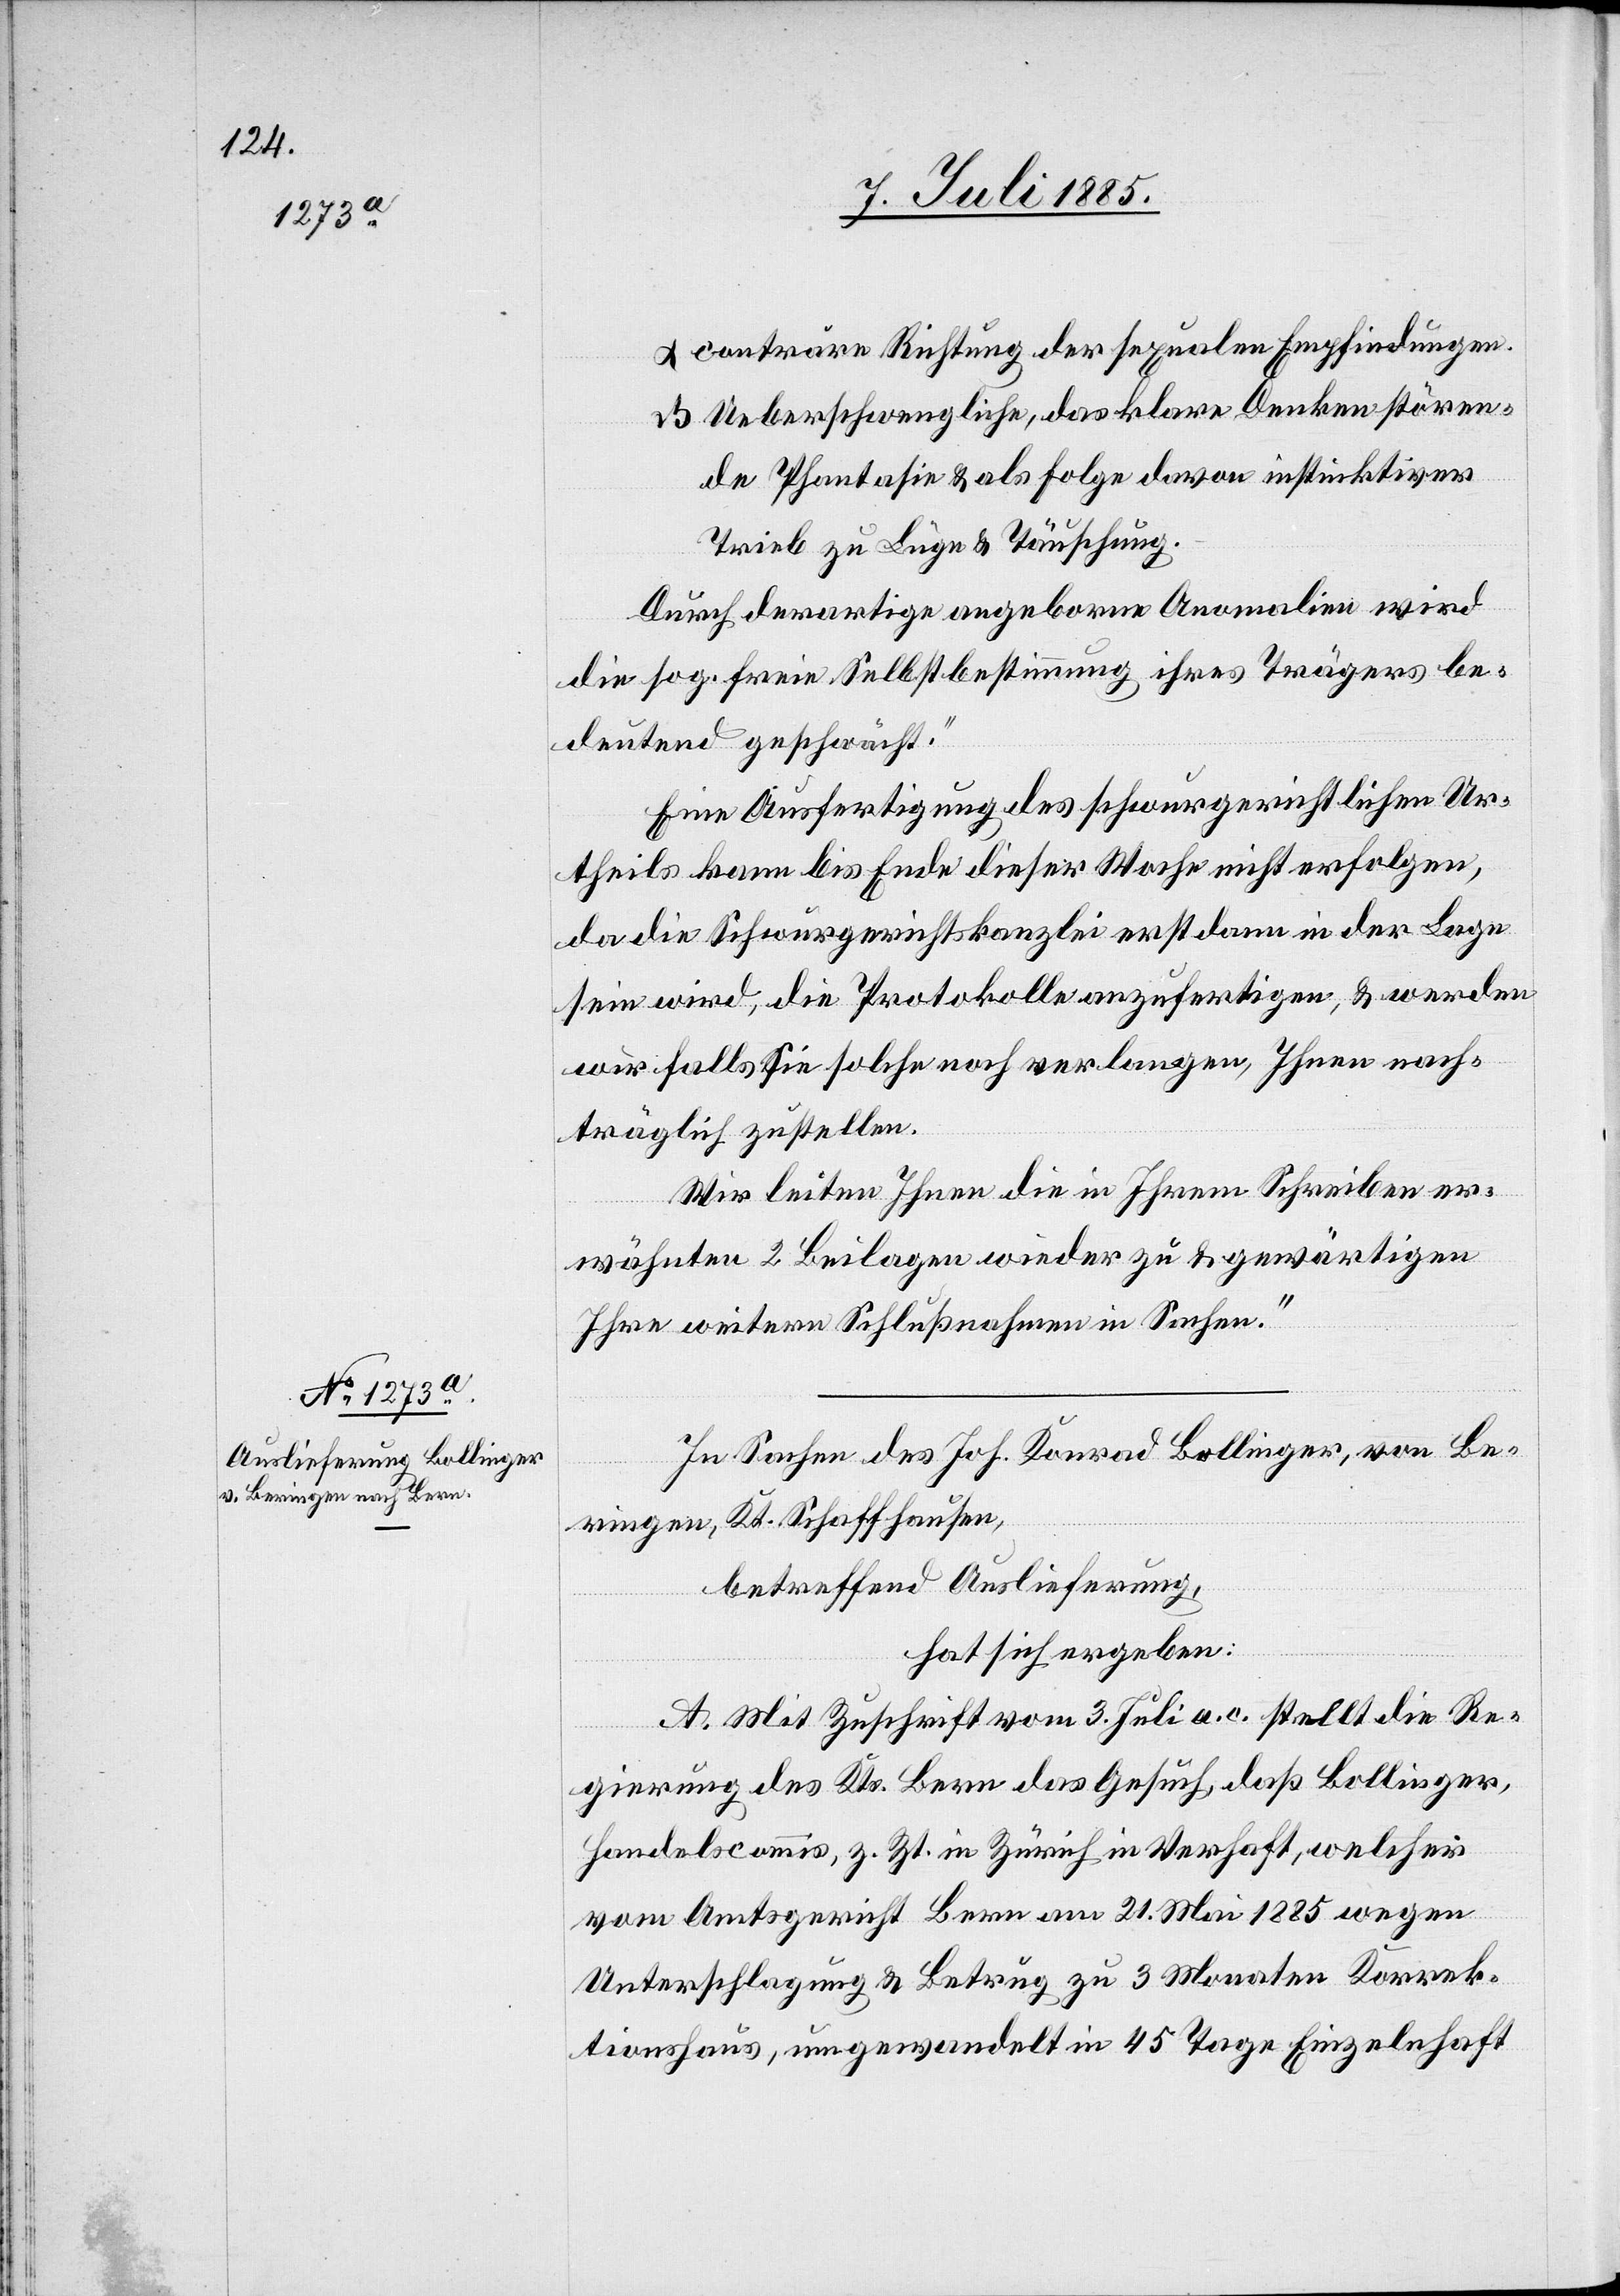
8. Juli 1885.]
α conträre Richtung der sexualen Empfindungen.
β Ueberschwengliche, das klare Denken stören¬
de Phantasie & als Folge davon instinktiver
Trieb zu Lüge & Täuschung.
Durch derartige angeborene Anomalien wird
die sog. freie Selbstbestimmung ihres Trägers be¬
deutend geschwächt.“
Eine Ausfertigung des schwurgerichtlichen Ur¬
theils kann bis Ende dieser Woche nicht erfolgen,
da die Schwurgerichtskanzlei erst dann in der Lage
sein wird, die Protokolle auszufertigen, & werden
wir falls Sie solche noch verlangen, Ihnen nach¬
träglich zustellen.
Wir leiten Ihnen die in Ihrem Schreiben er¬
wähnten 2 Beilagen wieder zu & gewärtigen
Ihre weitern Schlußnahmen in Sachen.“
In Sachen des Joh. Konrad Bollinger, von Be¬
ringen, Kt. Schaffhausen,
betreffend Auslieferung,
hat sich ergeben:
A. Mit Zuschrift vom 3. Juli a. c. stellt die Re¬
gierung des Kts. Bern das Gesuch, daß Bollinger
Handelscommis, z. Zt. in Zürich in Verhaft, welcher
vom Amtsgericht Bern am 21. Mai 1885 wegen
Unterschlagung & Betrug zu 3 Monaten Korrek¬
tionshaus, umgewandelt in 45 Tage Einzelhaft